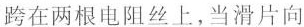
跨在两根电阻丝上，当滑片向